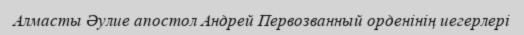
Алмасты Әулие апостол Андрей Первозванный орденінің иегерлері